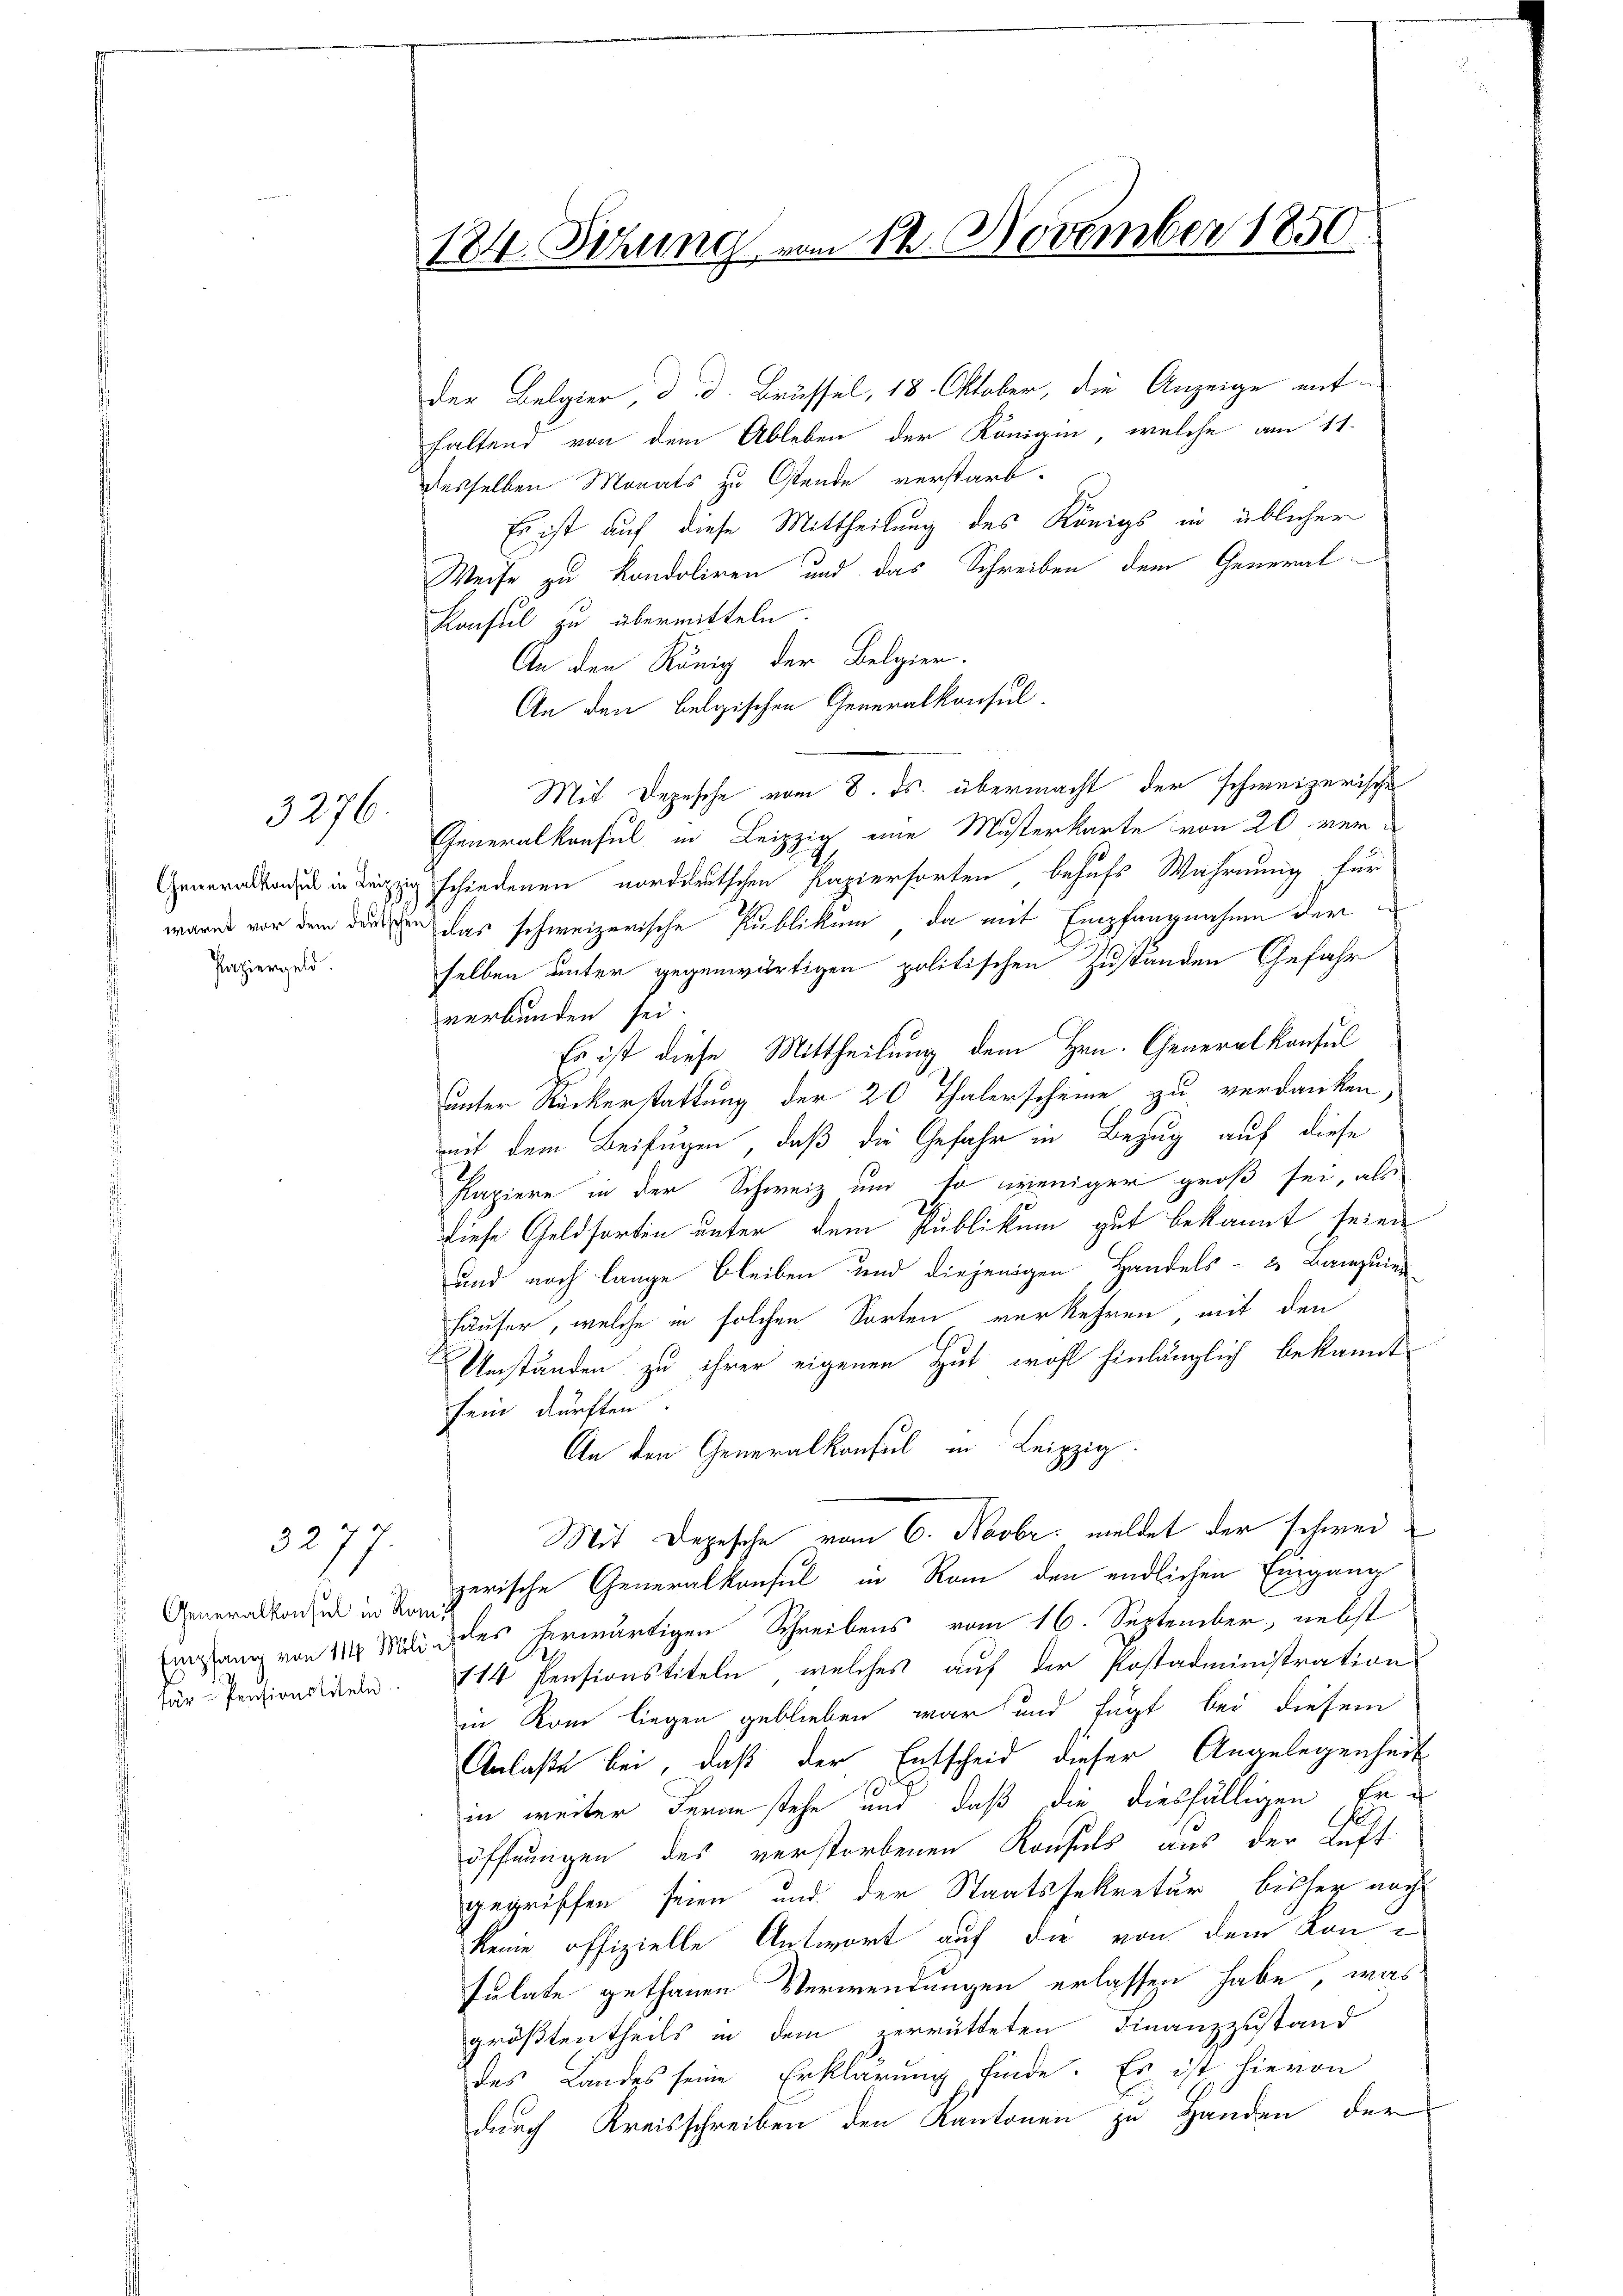
3276.

Paziergeld

Generalkonsul in Rum

3277.

184. Sitzung vom 12. November 1850.

der Belgier, d. d. Brüssel, 18. Oktober, die Anzeige mit
faltend von dem Ableben der Königin, welche am 11.
desselben Monats zu Ostende verstarb.
Es ist auf diese Mittheilung des Königs in üblicher
Weise zu kondoliren und das Schreiben dem General¬
Konsul zu übermitteln.
An den König der Belgier.
An den belgischen Generalkonsul.
Mit Depesche vom 8. ds. übermacht der schweizerische
Generalkonsul in Leipzig eine Musterkarte von 20 ver¬
Generalen in Leipzig schiedenen norddeutschen Papierforten, behufs Wahrnung für
wäre vor dem den das schweizerische Publikum, da mit Empfangnahme der
selben unter gegenwärtigen politischen Zuständen Gefahr
verbunden sei.
Es ist diese Mittheilung dem Hrn. Generalkonsul
unter Rückerstattung der 20 Thalerscheine zu verdanken,
mit dem Beifügen, daß die Gefahr in Bezug auf diese
Papiere in der Schweiz und so weniger groß sei, als
diese Geldsorten unter dem Publikum gut bekannt seien
und noch lange bleiben und diejenigen Handels- u. Banguins
häuser, welche in solchen Sorten verkehren, mit den
Umständen zu ihrer eigenen Hut wohl hinlänglich bekannt
sein dürften.
An den Generalkonsul in Leipzig
Mit Depesche vom 6. Novbr. meldet der schweizerische Generalkonsul in Rom den endlichen Eingang
Empfang von 114 Mili les herwärtigen Schreibens vom 16. September, nebst
zär Pensiondiren. 714 Pensionstiteln, welches auf der Postadministration
in Rom liegen geblieben war und fügt bei diesem
Anlaße bei, daß der Entscheid dieser Angelegenheit
in weiter deran stehe und daß die diesfälligen Er¬
E
öffnungen des verstorbenen Konsuls aus der Luft
gegriffen seien und der Staatssekretär bisher nach
keine offizielle Antwort auf die von dem Kon-
Julate gethanen Verwendungen erlassen habe, was
größtentheils in dem zerrütteten Finanzzustand
des Landes seine Erklärung finde. Es ist hievon
durch Kreisschreiben den Kantonen zu Handen der